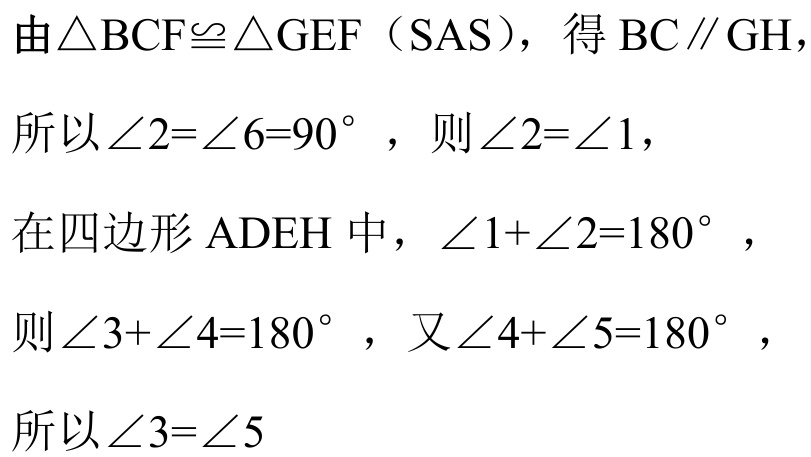
由\(\triangle BCF\cong\triangle GEF\)（SAS），得 \(BC\parallel GH\)，
所以\(\angle 2=\angle 6 = 90^{\circ}\)，则\(\angle 2=\angle 1\)，
在四边形\(ADEH\)中，\(\angle 1+\angle 2 = 180^{\circ}\)，
则\(\angle 3+\angle 4 = 180^{\circ}\)，又\(\angle 4+\angle 5 = 180^{\circ}\)，
所以\(\angle 3=\angle 5\)